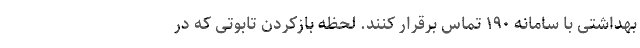
بهداشتی با سامانه ۱۹۰ تماس برقرار کنند. لحظه بازکردن تابوتی که در